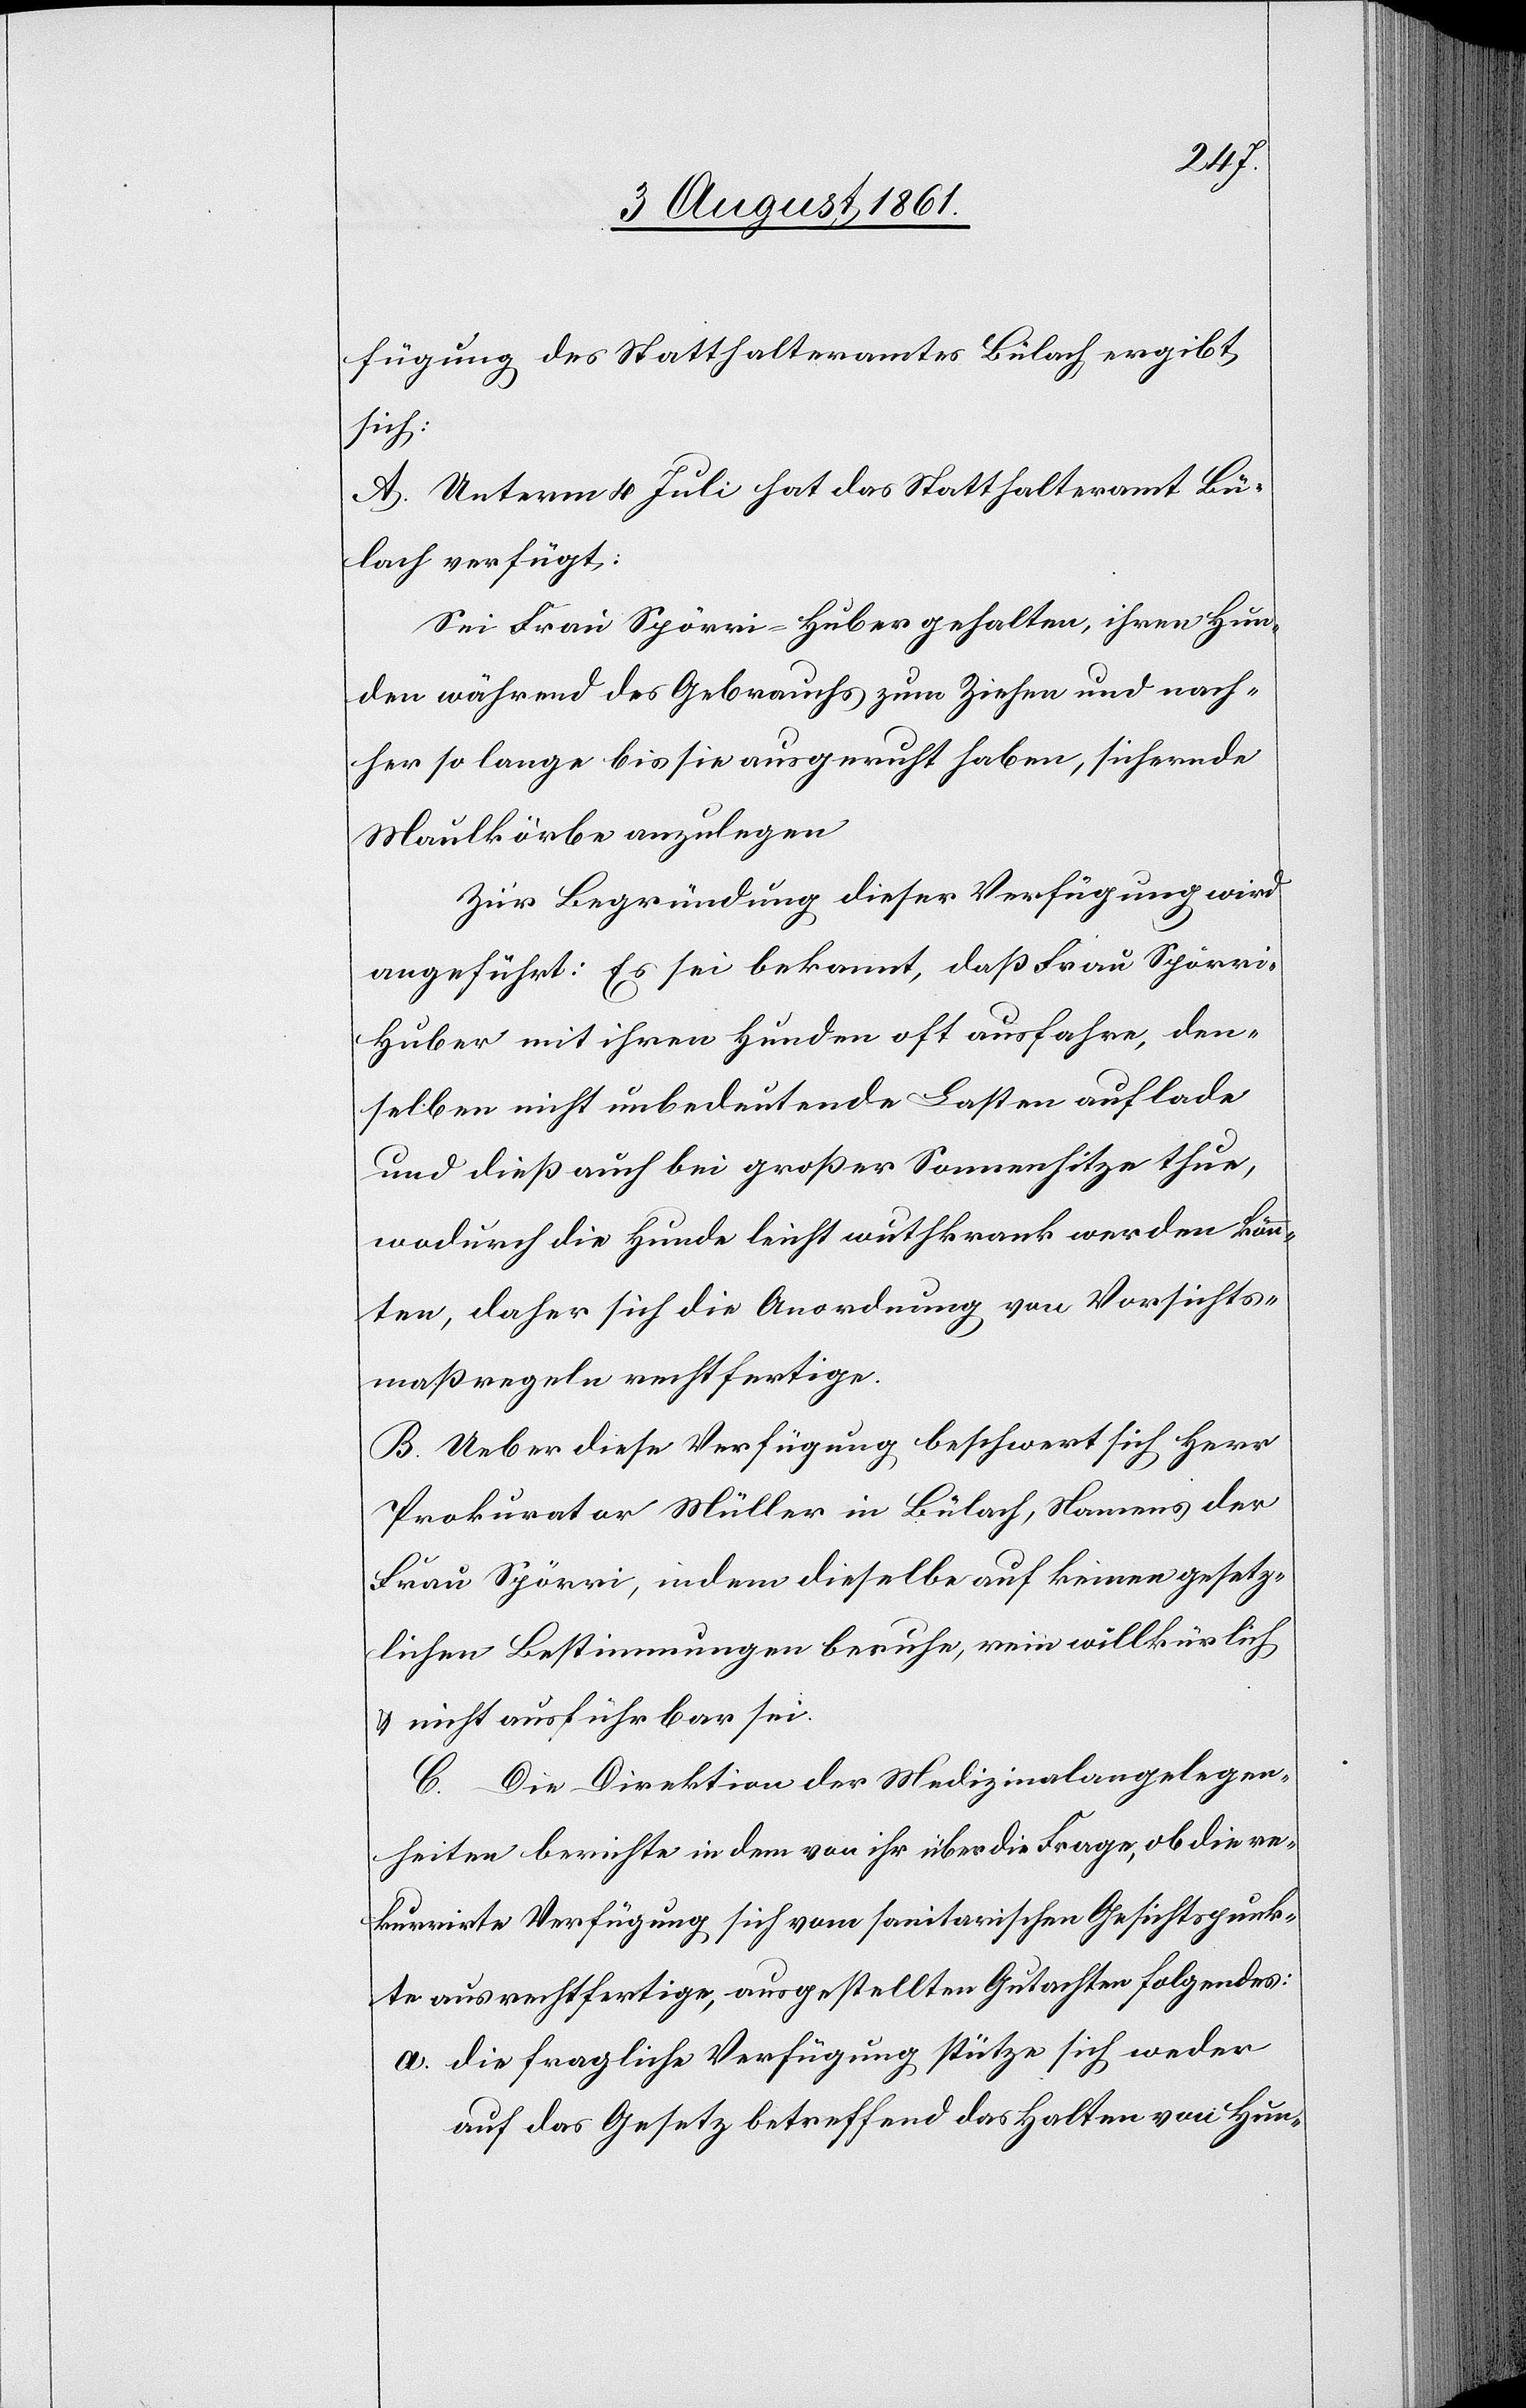
fügung des Statthalteramtes Bülach ergibt
sich:
A. Unterm Juli hat das Statthalteramt Bü¬
lach verfügt:
Sei Frau Spörri-Huber gehalten, ihren Hun¬
den während des Gebrauchs zum Ziehen und nach¬
her so lange bis sie ausgeruht haben, sichernde
Maulkörbe anzulegen.
Zur Begründung dieser Verfügung wird
angeführt: Es sei bekannt, daß Frau Spörr¬
i-Huber mit ihren Hunden oft ausfahre, den¬
selben nicht unbedeutende Lasten auflade
und dieß auch bei großer Sommerhitze thue,
wodurch die Hunde leicht wuthkrank werden könn¬
ten, daher sich die Anordnung von Vorsichts¬
maßregeln rechtfertige.
B. Ueber diese Verfügung beschwert sich Herr
Prokurator Müller in Bülach, Namens der
Frau Spörri, indem dieselbe auf keinen gesetz¬
lichen Bestimmungen beruhe, rein willkürlich
u. nicht ausführbar sei.
C. Die Direktion der Medizinalangelegen¬
heiten berichte in dem von ihr über die Frage, ob die re¬
kurrirte Verfügung sich vom sanitarischen Gesichtspunk¬
te aus rechtfertige, ausgestellten Gutachten folgendes:
a. die fragliche Verfügung stütze sich weder
auf das Gesetz betreffend das Halten von Hun-